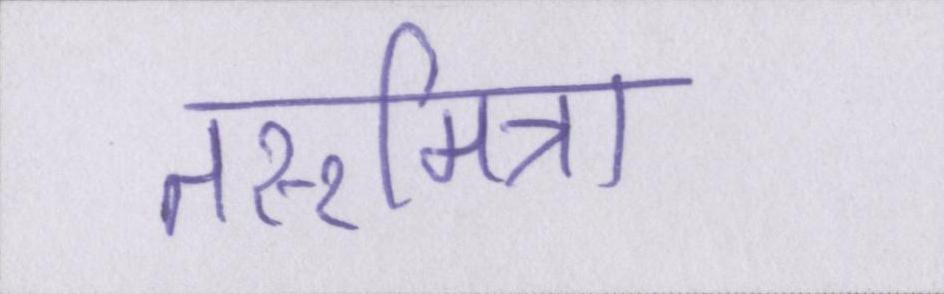
तरूमित्रा